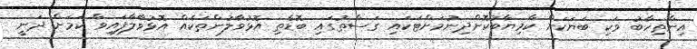
އިންތިހާބު ވަކި ބަޔަކަށް ކާމިޔާބުކޮށްދިނުމަށްޓަކައި ގަސްތުގައި ބޮޑެތި އޮޅުވާލުންތަކެއް އޮޅުވާލާފައިވާ ކަމަށް ދަނީ